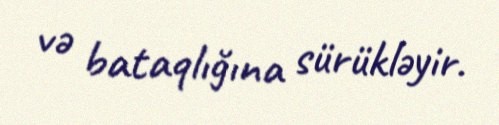
və bataqlığına sürükləyir.